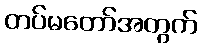
တပ်မတော်အတွက်